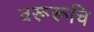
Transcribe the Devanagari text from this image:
वरूरूचि